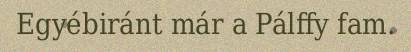
Egyébiránt már a Pálffy fam.